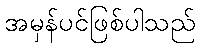
အမှန်ပင်ဖြစ်ပါသည်